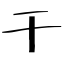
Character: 干